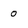
Character: 0